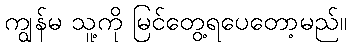
ကျွန်မ သူ့ကို မြင်တွေ့ရပေတော့မည်။